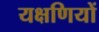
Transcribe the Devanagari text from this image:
यक्षणियों